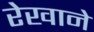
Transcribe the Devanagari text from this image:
रेखाने